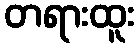
တရားထူး